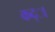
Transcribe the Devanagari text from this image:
कद्ा